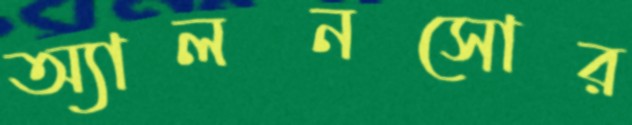
অ্যালনসোর